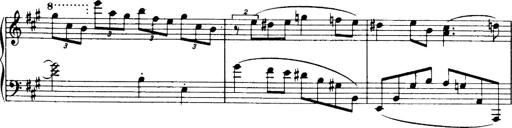
Title: 3 Sonatinas, Op.67
Composer: Jean Sibelius